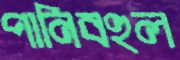
পানিবহুল